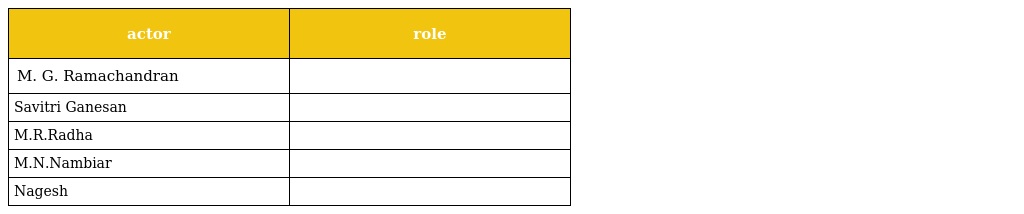
| actor | role |
 | --- | --- |
 | M. G. Ramachandran |  |
 | Savitri Ganesan |  |
 | M.R.Radha |  |
 | M.N.Nambiar |  |
 | Nagesh |  |